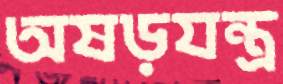
অষড়যন্ত্র